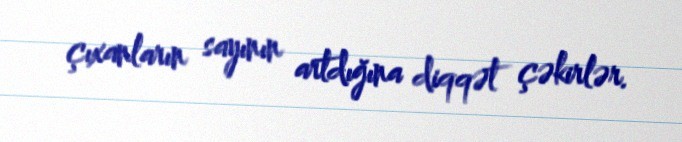
çıxanların sayının artdığına diqqət çəkirlər.